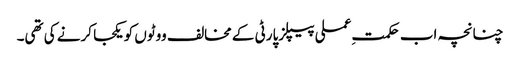
چنانچہ اب حکمتِ عملی پیپلزپارٹی کے مخالف ووٹوں کو یکجا کرنے کی تھی۔